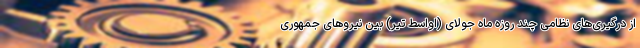
از درگیری‌های نظامی چند روزه ماه جولای (اواسط تیر) بین نیروهای جمهوری